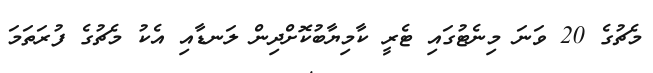
މެޗުގެ 20 ވަނަ މިނެޓުގައި ޓެރީ ކާމިޔާބުކޮށްދިން ލަނޑާއި އެކު މެޗުގެ ފުރަތަމަ